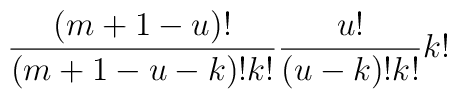
\frac{(m+1-u)!}{(m+1-u-k)!k!}\frac{u!}{(u-k)!k!}k!